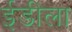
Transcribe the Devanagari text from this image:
ईडीला